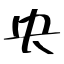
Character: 央